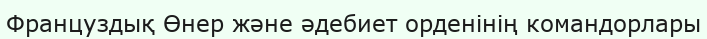
Француздық Өнер және әдебиет орденінің командорлары